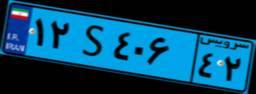
۱۲S۴۰۶۴۲